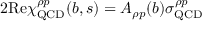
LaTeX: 2 \mathrm { R e } \chi _ { \mathrm { Q C D } } ^ { \rho p } ( b , s ) = A _ { \rho p } ( b ) \sigma _ { \mathrm { Q C D } } ^ { \rho p }